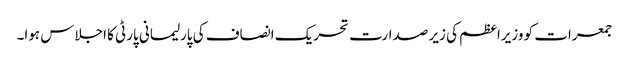
جمعرات کو وزیراعظم کی زیر صدارت تحریک انصاف کی پارلیمانی پارٹی کا اجلاس ہوا۔